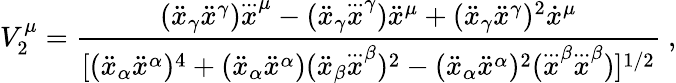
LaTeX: V_{2}^{\mu}=\frac{(\ddot{x}_{\gamma}\ddot{x}^{\gamma})\stackrel{...}x^{\mu}-(\ddot{x}_{\gamma}\stackrel{...}x^{\gamma})\ddot{x}^{\mu}+(\ddot{x}_{\gamma}\ddot{x}^{\gamma})^{2}\dot{x}^{\mu}}{[(\ddot{x}_{\alpha}\ddot{x}^{\alpha})^{4}+(\ddot{x}_{\alpha}\ddot{x}^{\alpha})(\ddot{x}_{\beta}\stackrel{...}x^{\beta})^{2}-(\ddot{x}_{\alpha}\ddot{x}^{\alpha})^{2}(\stackrel{...}x^{\beta}\stackrel{...}x^{\beta})]^{1/2}}~,